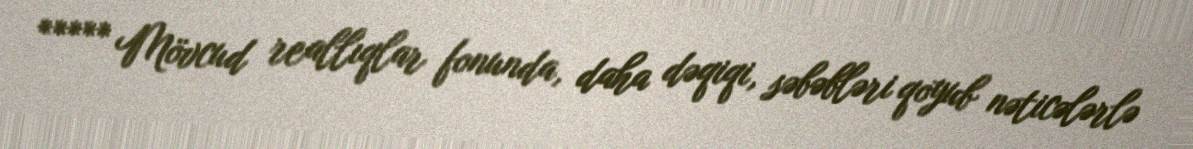
***** Mövcud reallıqlar fonunda, daha dəqiqi, səbəbləri qoyub nəticələrlə